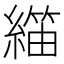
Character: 𬗺